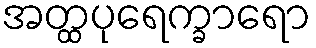
အတ္ထပုရေက္ခာရော